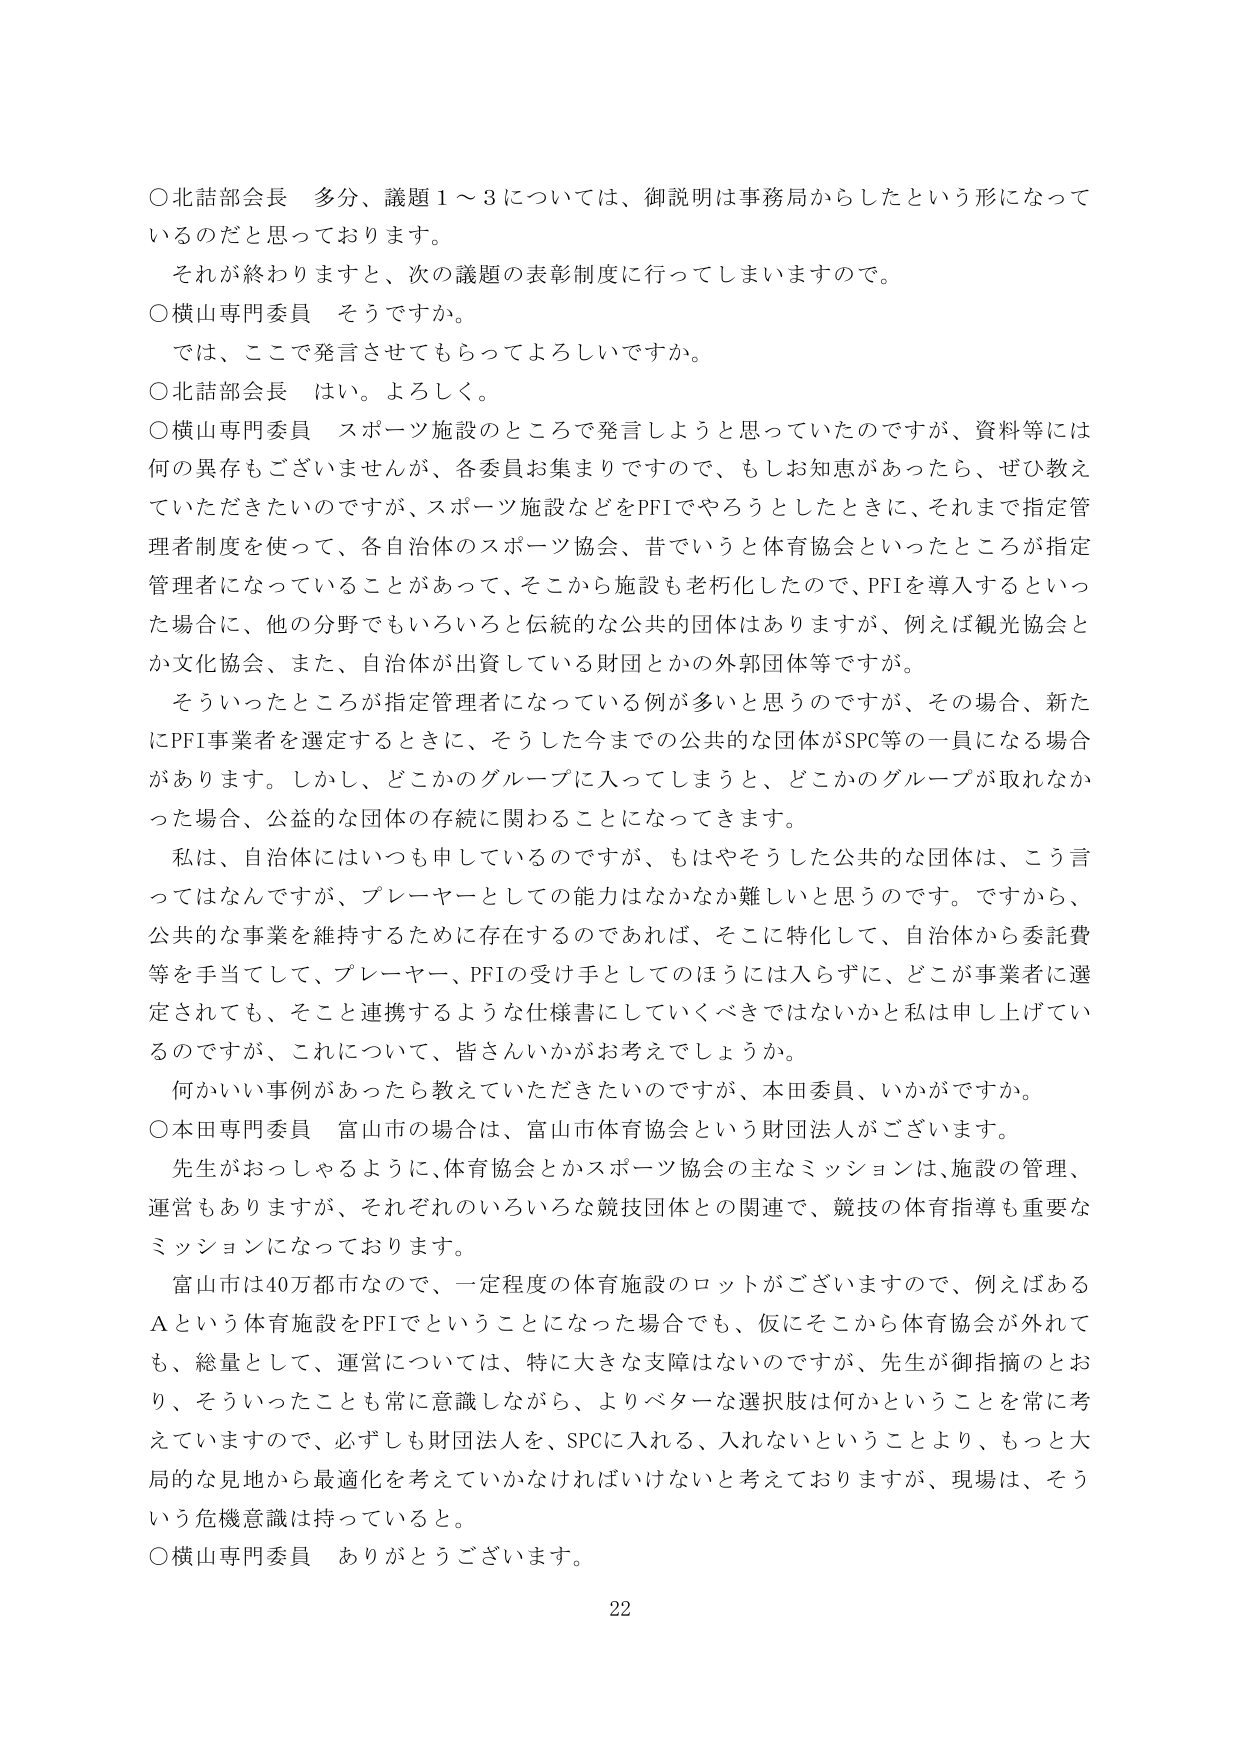
○北詰部会長　多分、議題１～３については、御説明は事務局からしたという形になって
いるのだと思っております。
　それが終わりますと、次の議題の表彰制度に行ってしまいますので。
○横山専門委員　そうですか。
　では、ここで発言させてもらってよろしいですか。
○北詰部会長　はい。よろしく。
○横山専門委員　スポーツ施設のところで発言しようと思っていたのですが、資料等には
何の異存もございませんが、各委員お集まりですので、もしお知恵があったら、ぜひ教え
ていただきたいのですが、スポーツ施設などをPFIでやろうとしたときに、それまで指定管
理者制度を使って、各自治体のスポーツ協会、昔でいうと体育協会といったところが指定
管理者になっていることがあって、そこから施設も老朽化したので、PFIを導入するといっ
た場合に、他の分野でもいろいろと伝統的な公共的団体はありますが、例えば観光協会と
か文化協会、また、自治体が出資している財団とかの外郭団体等ですが。
　そういったところが指定管理者になっている例が多いと思うのですが、その場合、新た
にPFI事業者を選定するときに、そうした今までの公共的な団体がSPC等の一員になる場合
があります。しかし、どこかのグループに入ってしまうと、どこかのグループが取れなか
った場合、公益的な団体の存続に関わることになってきます。
　私は、自治体にはいつも申しているのですが、もはやそうした公共的な団体は、こう言
ってはなんですが、プレーヤーとしての能力はなかなか難しいと思うのです。ですから、
公共的な事業を維持するために存在するのであれば、そこに特化して、自治体から委託費
等を手当てして、プレーヤー、PFIの受け手としてのほうには入らずに、どこが事業者に選
定されても、そこと連携するような仕様書にしていくべきではないかと私は申し上げてい
るのですが、これについて、皆さんいかがお考えでしょうか。
　何かいい事例があったら教えていただきたいのですが、本田委員、いかがですか。
○本田専門委員　富山市の場合、富山市体育協会という財団法人がございます。
　先生がおっしゃるように、体育協会とかスポーツ協会の主なミッションは、施設の管理、
運営もありますが、それぞれのいろいろな競技団体との関連で、競技の体育指導も重要な
ミッションになっております。
　富山市は40万都市なので、一定程度の体育施設のロットがございますので、例えばある
Ａという体育施設をPFIでということになった場合でも、仮にそこから体育協会が外れて
も、総量として、運営については、特に大きな支障はないのですが、先生が御指摘のとお
り、そういったことも常に意識しながら、よりベターな選択肢は何かということを常に考
えていきますので、必ずしも財団法人を、SPCに入れる、入れないということより、もっと大
局的な見地から最適化を考えていかなければならないと考えておりますが、現場は、そう
いう危機意識は持っていると。
○横山専門委員　ありがとうございます。
22